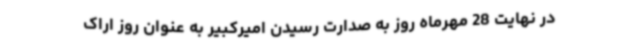
در نهایت 28 مهرماه روز به صدارت رسیدن امیرکبیر به عنوان روز اراک